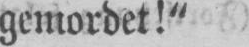
gemordet!“